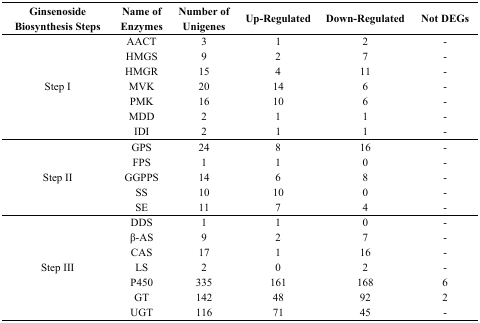
<table><thead><tr><td><b>Ginsenoside Biosynthesis Steps</b></td><td><b>Name of Enzymes</b></td><td><b>Number of Unigenes</b></td><td><b>Up-Regulated</b></td><td><b>Down-Regulated</b></td><td><b>Not DEGs</b></td></tr></thead><tbody><tr><td rowspan="7">Step I</td><td>AACT</td><td>3</td><td>1</td><td>2</td><td>-</td></tr><tr><td>HMGS</td><td>9</td><td>2</td><td>7</td><td>-</td></tr><tr><td>HMGR</td><td>15</td><td>4</td><td>11</td><td>-</td></tr><tr><td>MVK</td><td>20</td><td>14</td><td>6</td><td>-</td></tr><tr><td>PMK</td><td>16</td><td>10</td><td>6</td><td>-</td></tr><tr><td>MDD</td><td>2</td><td>1</td><td>1</td><td>-</td></tr><tr><td>IDI</td><td>2</td><td>1</td><td>1</td><td>-</td></tr><tr><td rowspan="5">Step II</td><td>GPS</td><td>24</td><td>8</td><td>16</td><td>-</td></tr><tr><td>FPS</td><td>1</td><td>1</td><td>0</td><td>-</td></tr><tr><td>GGPPS</td><td>14</td><td>6</td><td>8</td><td>-</td></tr><tr><td>SS</td><td>10</td><td>10</td><td>0</td><td>-</td></tr><tr><td>SE</td><td>11</td><td>7</td><td>4</td><td>-</td></tr><tr><td rowspan="7">Step III</td><td>DDS</td><td>1</td><td>1</td><td>0</td><td>-</td></tr><tr><td>β-AS</td><td>9</td><td>2</td><td>7</td><td>-</td></tr><tr><td>CAS</td><td>17</td><td>1</td><td>16</td><td>-</td></tr><tr><td>LS</td><td>2</td><td>0</td><td>2</td><td>-</td></tr><tr><td>P450</td><td>335</td><td>161</td><td>168</td><td>6</td></tr><tr><td>GT</td><td>142</td><td>48</td><td>92</td><td>2</td></tr><tr><td>UGT</td><td>116</td><td>71</td><td>45</td><td>-</td></tr></tbody></table>